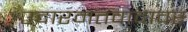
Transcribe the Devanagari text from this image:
उदारमतवादावर